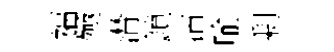
福殛潸鎖沾喻剰